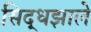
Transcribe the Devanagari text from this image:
सिद्धझाले